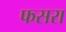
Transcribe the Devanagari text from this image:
फसरा